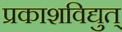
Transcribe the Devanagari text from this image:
प्रकाशविद्युत्‌